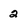
Character: 2